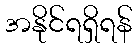
အနိုင်ရရှိရန်